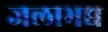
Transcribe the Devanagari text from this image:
जलाभद्य